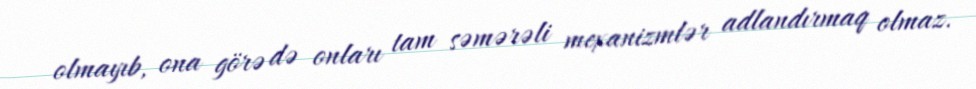
olmayıb, ona görə də onları tam səmərəli mexanizmlər adlandırmaq olmaz.